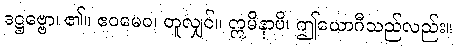
ဒဋ္ဌဗ္ဗော၊ ၏။ ဧဝမေဝ၊ တူလျှင်။ ဣမိနာပိ၊ ဤယောဂီသည်လည်း။